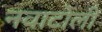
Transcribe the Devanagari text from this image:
नवाटोली